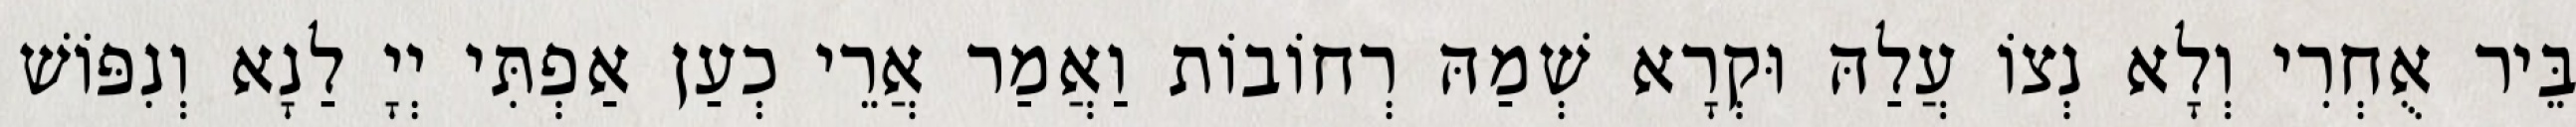
בֵּיר אֻחְרִי וְלָא נְצוֹ עֲלַהּ וּקְרָא שְׁמַהּ רְחוֹבוֹת וַאֲמַר אֲרֵי כְעַן אַפְתִּי יְיָ לַנָא וְנִפּוֹשׁ